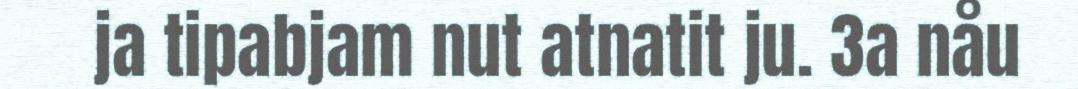
ja tipabjam nut atnatit ju. 3a nåu